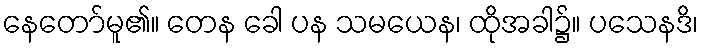
နေတော်မူ၏။ တေန ခေါ ပန သမယေန၊ ထိုအခါ၌။ ပသေနဒိ၊